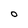
Character: O